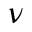
\nu